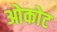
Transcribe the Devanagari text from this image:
ओकोट